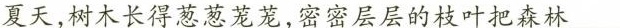
夏天，树木长得葱葱茏茏，密密层层的枝叶把森林___